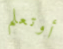
أوتعلم